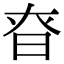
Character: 昚